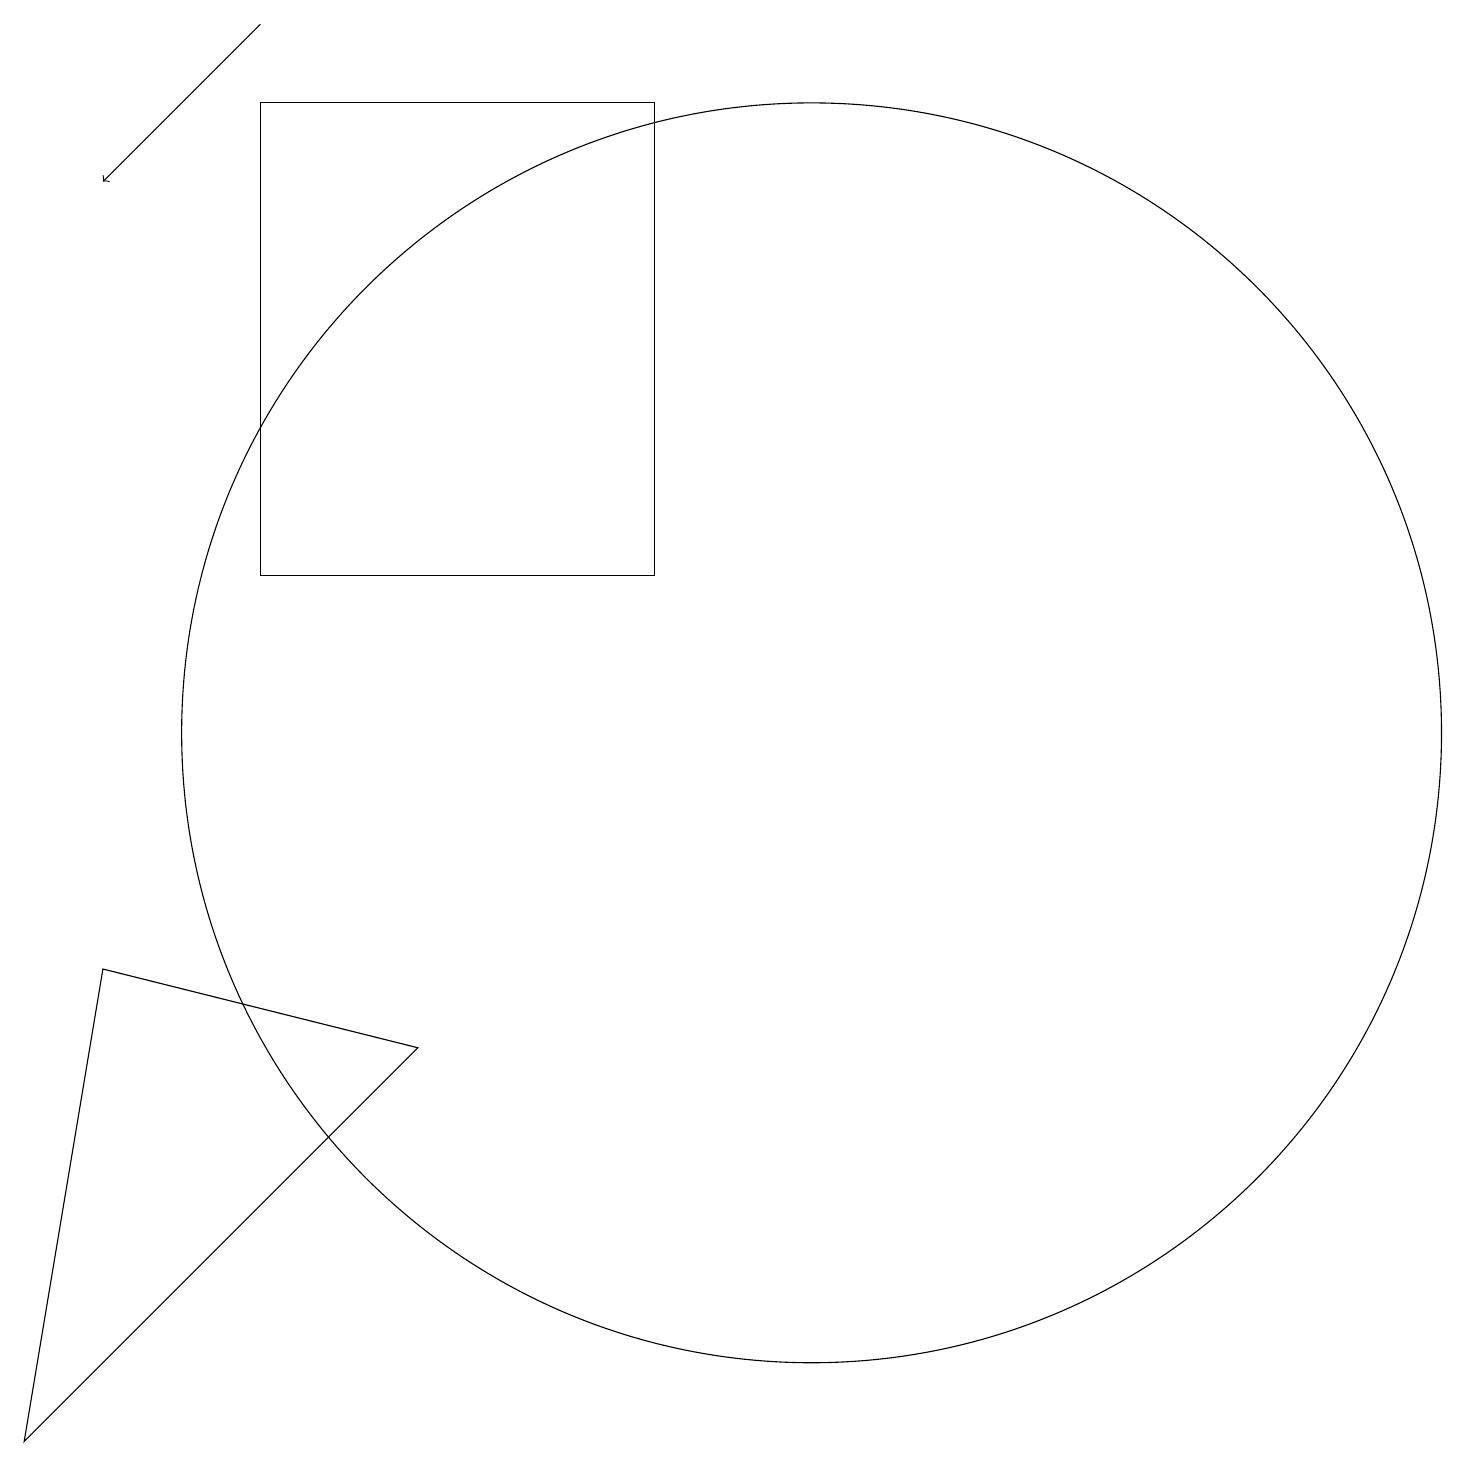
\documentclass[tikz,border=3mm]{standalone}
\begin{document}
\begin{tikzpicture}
\draw (0,1) -- (1,7) -- (5,6) -- cycle;
\draw (10,10) circle (8);
\draw[->] (3,19) -- (1,17);
\draw (8,12) rectangle (3,18);
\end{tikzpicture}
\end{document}